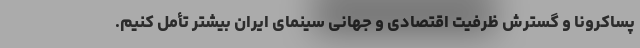
پساکرونا و گسترش ظرفیت اقتصادی و جهانی سینمای ایران بیشتر تأمل کنیم.